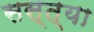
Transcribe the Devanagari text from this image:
सस्त्या